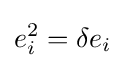
e_{i}^{2}=\delta e_{i}